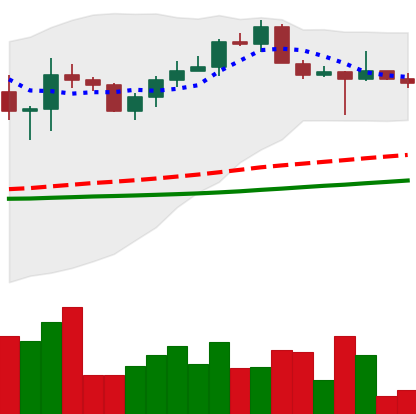
Ticker: XRP-USD
Chart end date: 2022-10-16
Forward return: -3.336%
Label: down_3_5